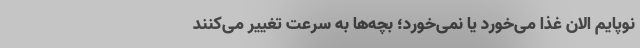
نوپایم الان غذا می‌خورد یا نمی‌خورد؛ بچه‌ها به سرعت تغییر می‌کنند